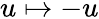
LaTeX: u\mapsto-u